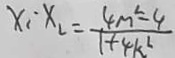
x _ { 1 } \cdot x _ { 2 } = \frac { 4 m ^ { 2 } - 4 } { 1 + 4 k ^ { 2 } }